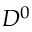
D ^ { 0 }